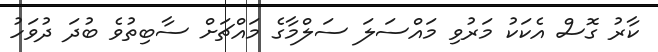
ކާރު ގޮސް އެކަކު މަރުވި މައްސަލަ ސަލްމާގެ މައްޗަށް ސާބިތުވެ ބުދަ ދުވަހު